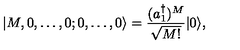
| M , 0 , \ldots , 0 ; 0 , \ldots , 0 \rangle = { \frac { ( a _ { 1 } ^ { \dagger } ) ^ { M } } { \sqrt { M ! } } } | 0 \rangle ,